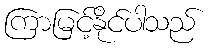
ကြာမြင့်နိုင်ပါသည်